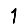
Digit: 1